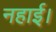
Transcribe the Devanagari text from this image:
नहाई।